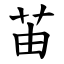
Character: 苖